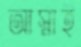
আস্নাই